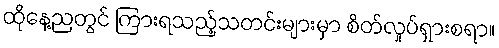
ထိုနေ့ညတွင် ကြားရသည့်သတင်းများမှာ စိတ်လှုပ်ရှားစရာ။